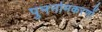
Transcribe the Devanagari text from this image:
पुनर्नामकरणों